Document type: Sale
Year: 1274
Scribe: [Unknown]
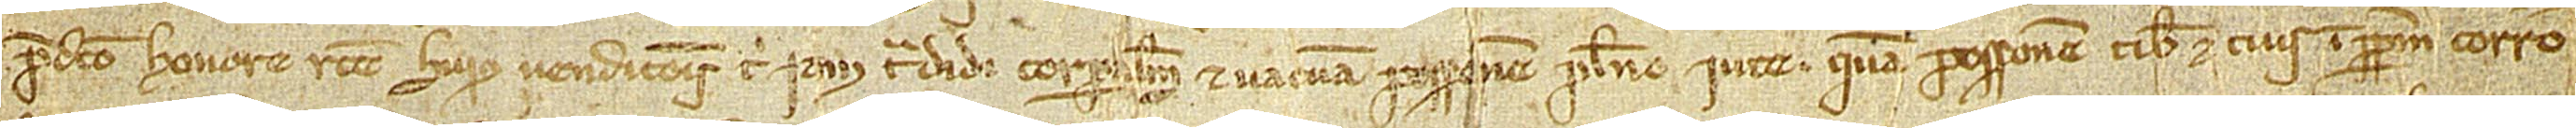
predicto honore ratione huius vendicionis tibi iam tradidi corporalem et vacuam possessionem pleno iure. Quam possessionem tibi et tuis imperpetuum corro-